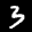
Label: 3